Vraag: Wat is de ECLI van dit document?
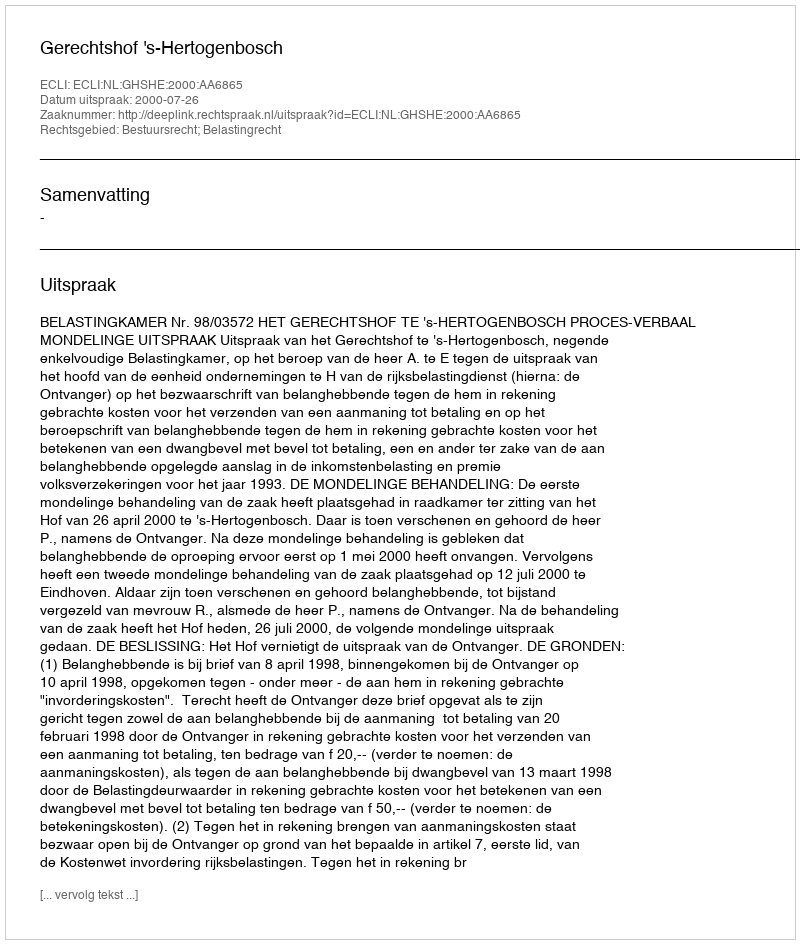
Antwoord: ECLI:NL:GHSHE:2000:AA6865